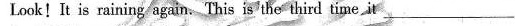
Look!It is raining again.This is the third time it ___